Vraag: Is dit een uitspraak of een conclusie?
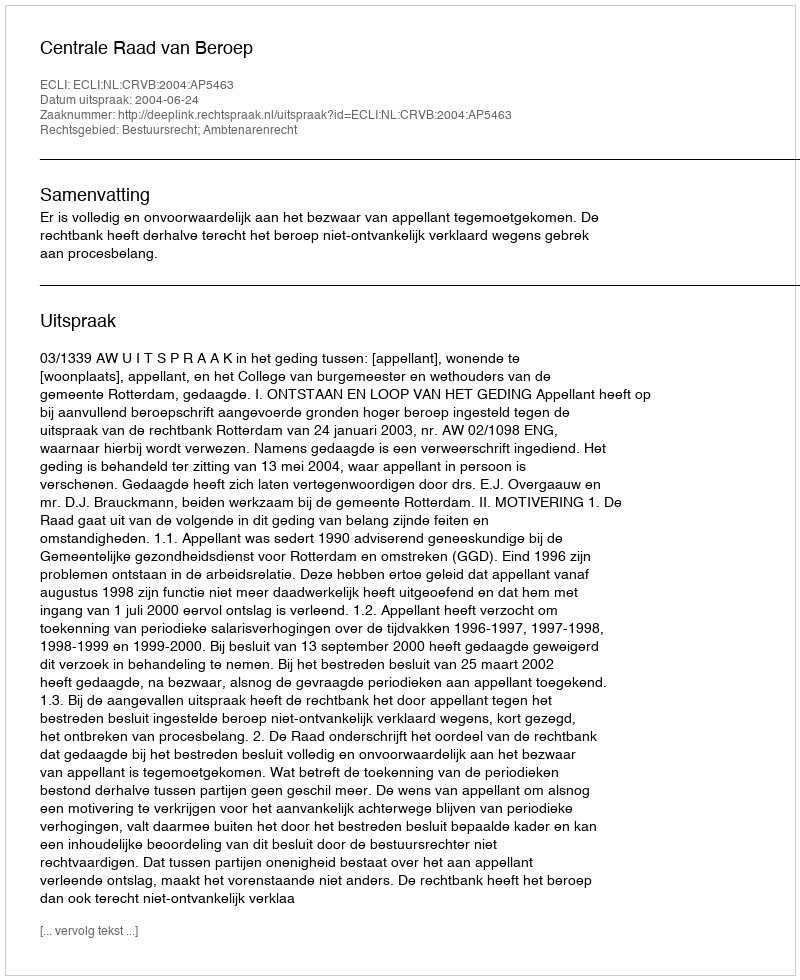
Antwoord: Uitspraak